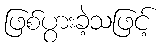
ဖြစ်ပွားခဲ့သဖြင့်